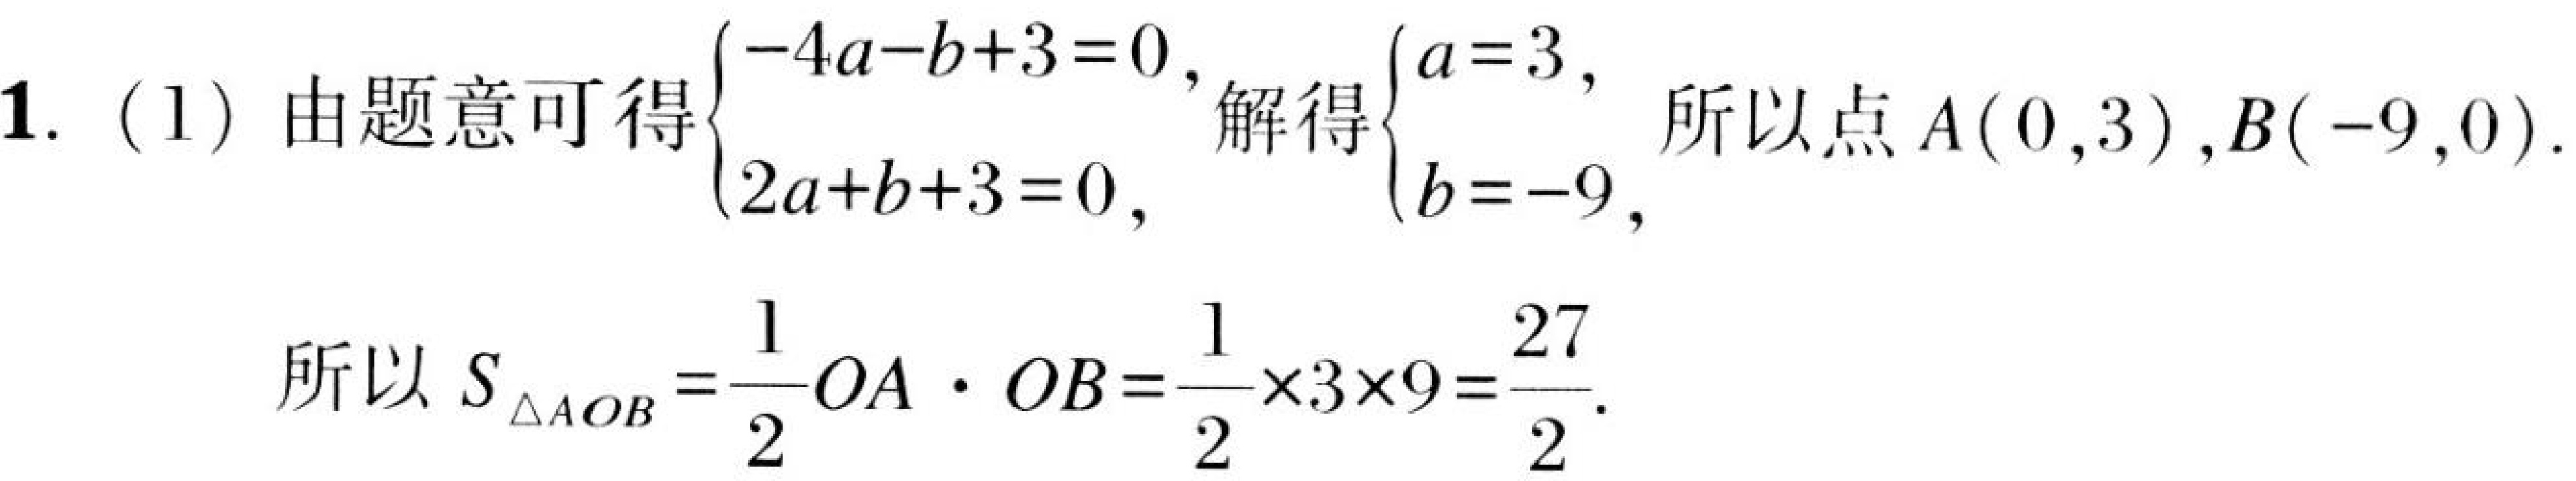
1.（1）由题意可得\(\begin{cases}-4a - b + 3 = 0,\\2a + b + 3 = 0,\end{cases}\)解得\(\begin{cases}a = 3,\\b = - 9,\end{cases}\) 所以点\(A(0,3)\),\(B(-9,0)\).

所以\(S_{\triangle AOB}=\dfrac{1}{2}OA\cdot OB=\dfrac{1}{2}\times3\times9 = \dfrac{27}{2}\).